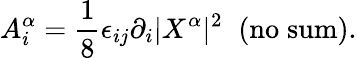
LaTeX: A_{i}^{\alpha}=\frac{1}{8}\epsilon_{ij}\partial_{i}|X^{\alpha}|^{2}\; \; \mathrm{(no\; sum)}.